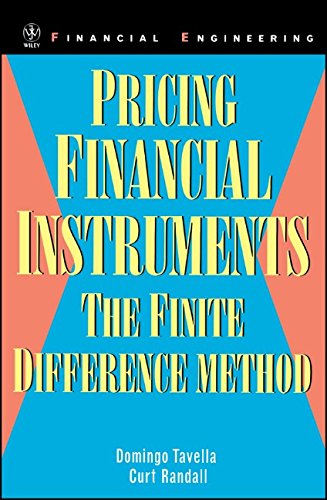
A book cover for Pricing Financial Instruments: The Finite Difference Method; Domingo Tavella; Business & Money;